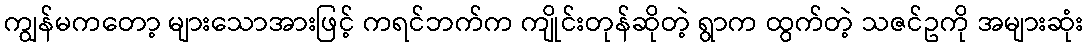
ကျွန်မကတော့ များသောအားဖြင့် ကရင်ဘက်က ကျိုင်းတုန်ဆိုတဲ့ ရွာက ထွက်တဲ့ သဇင်ဥကို အများဆုံး